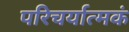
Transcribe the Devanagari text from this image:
परिचर्यात्मकं